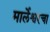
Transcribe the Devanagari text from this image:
मार्लेश्वरचा